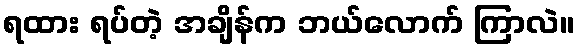
ရထား ရပ်တဲ့ အချိန်က ဘယ်လောက် ကြာလဲ။